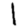
Digit: 1